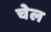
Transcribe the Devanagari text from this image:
चेल